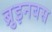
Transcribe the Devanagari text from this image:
ब्रुइनबस